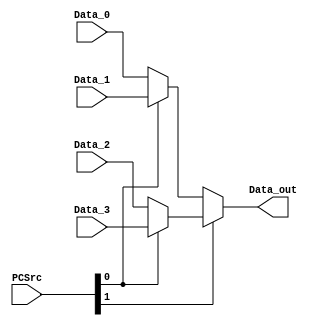
module mux_pc(
    input wire [1:0] PCSrc, 
    input wire [31:0] Data_0, // ALU result (PC+4)  //  00
    input wire [31:0] Data_1, // ALUOut             //  01
    input wire [31:0] Data_2, // offset (formato J) //  10
    input wire [31:0] Data_3, // EPC                //  11  
    output wire [31:0] Data_out      
);

    wire [31:0] out1, out2;

    /*
        Data_0 -- 0|
        Data_1 -- 1| -- out1 -- 0\
        Data_2 -- 0|              | -- Data_out ->
        Data_3 -- 1| -- out2 -- 1/ 
    */

    assign out1 = (PCSrc[0]) ? Data_1 : Data_0;
    assign out2 = (PCSrc[0]) ? Data_3 : Data_2;
    assign Data_out = (PCSrc[1]) ? out2 : out1;

endmodule